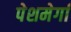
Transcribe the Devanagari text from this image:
पेशमेर्गा